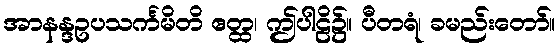
အာနန္ဒဥပသင်္ကမိတိ ဧတ္ထ၊ ဤပါဠိ၌။ ပီတရံ၊ ခမည်းတော်။